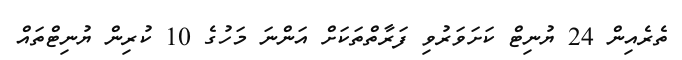
ތެރެއިން 24 ޔުނިޓް ކަށަވަރުވި ފަރާތްތަކަށް އަންނަ މަހުގެ 10 ކުރިން ޔުނިޓްތައް